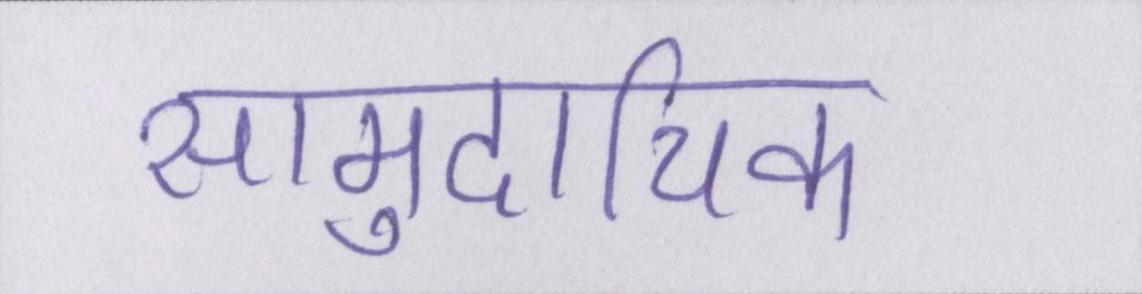
सामुदायिक